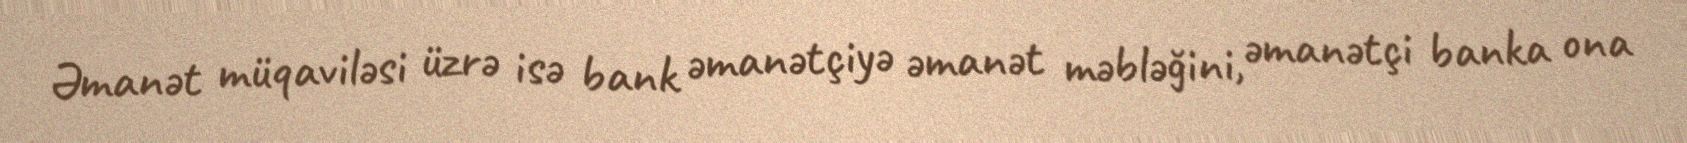
Əmanət müqaviləsi üzrə isə bank əmanətçiyə əmanət məbləğini, əmanətçi banka ona